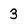
Character: 3